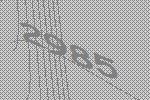
2985